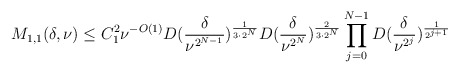
\begin{align*}M_{1, 1}(\delta, \nu) \leq C_{1}^{2}\nu^{-O(1)}D(\frac{\delta}{\nu^{2^{N - 1}}})^{\frac{1}{3 \cdot 2^N}}D(\frac{\delta}{\nu^{2^N}})^{\frac{2}{3 \cdot 2^N}}\prod_{j = 0}^{N - 1}D(\frac{\delta}{\nu^{2^j}})^{\frac{1}{2^{j + 1}}}\end{align*}